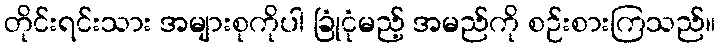
တိုင်းရင်းသား အများစုကိုပါ ခြုံငုံမည့် အမည်ကို စဉ်းစားကြသည်။